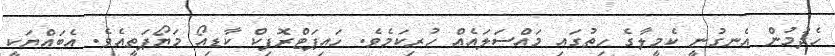
ހެދުމުން އެނގުނީ ކެމީލާގެ ހިތުގައި މައްސަލައެއް ހުރިކަމެވެ. ހައިޕަޓްރޮފިކް ކާޑިއޯ މަޔޯޕަތީއެވެ. އެބައްޔަކީ